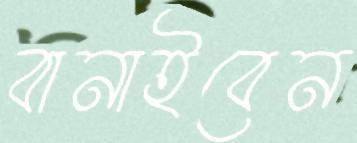
বানাইবেন